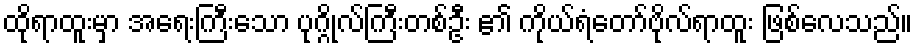
ထိုရာထူးမှာ အရေးကြီးသော ပုဂ္ဂိုလ်ကြီးတစ်ဦး ၏ ကိုယ်ရံတော်ဗိုလ်ရာထူး ဖြစ်လေသည်။